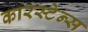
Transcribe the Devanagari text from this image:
कारस्टेन्स